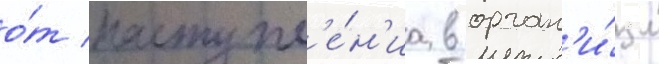
о́т поступл'е́н'иа в орган'и́зм